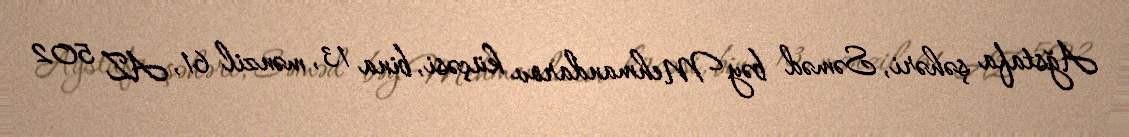
Ağstafa şəhəri, Səməd bəy Mehmandarov küçəsi, bina 13, mənzil 61, AZ 502